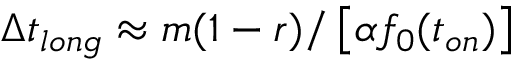
\Delta t _ { l o n g } \approx m ( 1 - r ) / \left[ \alpha f _ { 0 } ( t _ { o n } ) \right]